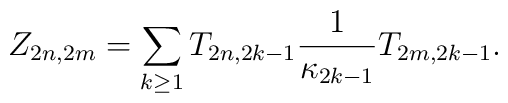
Z_{2n,2m}=\sum_{k\geq1}T_{2n,2k-1}\frac{1}{\kappa_{2k-1}}T_{2m,2k-1}.